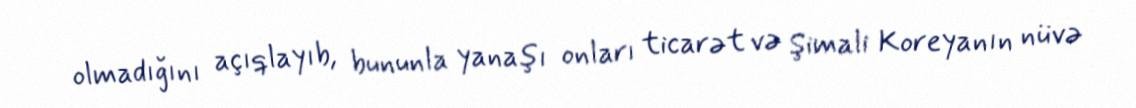
olmadığını açıqlayıb, bununla yanaşı onları ticarət və Şimali Koreyanın nüvə